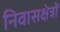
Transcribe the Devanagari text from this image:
निवासक्षेत्रों